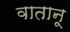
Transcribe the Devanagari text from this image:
वातानू